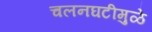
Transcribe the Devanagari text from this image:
चलनघटीमुळे